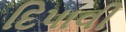
દિપાવી